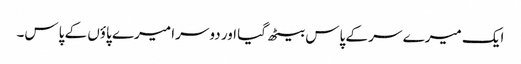
ایک میرے سر کے پاس بیٹھ گیا اور دوسرا میرے پاؤں کے پاس۔